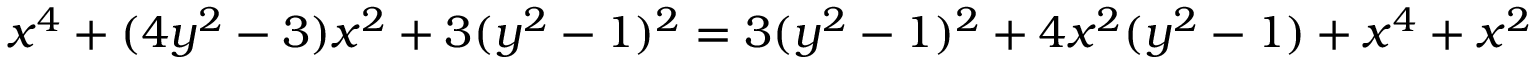
x ^ { 4 } + ( 4 y ^ { 2 } - 3 ) x ^ { 2 } + 3 ( y ^ { 2 } - 1 ) ^ { 2 } = 3 ( y ^ { 2 } - 1 ) ^ { 2 } + 4 x ^ { 2 } ( y ^ { 2 } - 1 ) + x ^ { 4 } + x ^ { 2 }